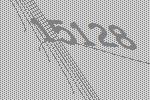
15128